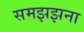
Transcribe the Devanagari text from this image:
समझझना